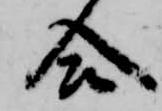
合